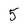
Character: 5